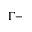
\Gamma -